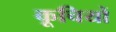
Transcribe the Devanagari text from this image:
कूचियों